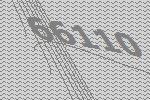
66110